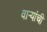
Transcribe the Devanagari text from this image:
वार्‍यांची